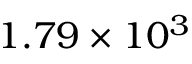
1 . 7 9 \times 1 0 ^ { 3 }